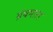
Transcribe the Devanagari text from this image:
ग्रंथमाल